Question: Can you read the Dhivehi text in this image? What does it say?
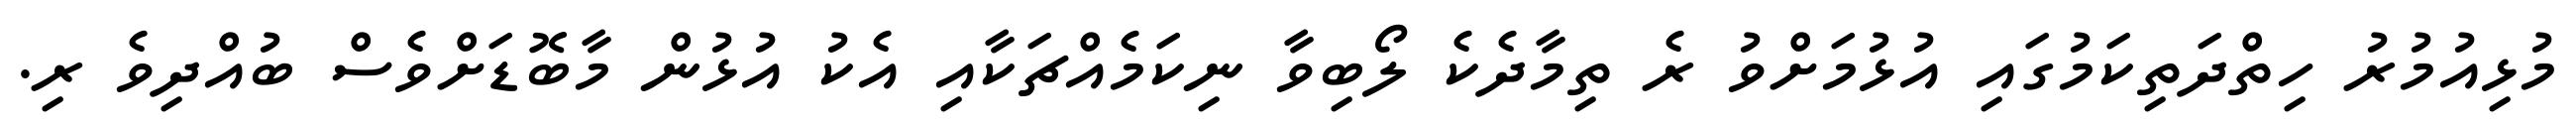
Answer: މުޅިއުމުރު ހިތްދަތިކަމުގައި އުޅުމަށްވު ރެ ތިމާދެކެ ލޯބިވާ ނިކަމެއްޗަކާއި އެކު އުޅުން މާބޮޑަށްވެސް ބުއްދިވެ ރި.